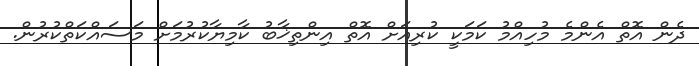
ދެން އޮތް އެންމެ މުހިއްމު ކަމަކީ ކުރިއަށް އޮތް އިންތިޚާބު ކާމިޔާކުރުމަށް މަސައްކަތްކުރުން.